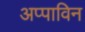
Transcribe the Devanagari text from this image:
अप्पाविन